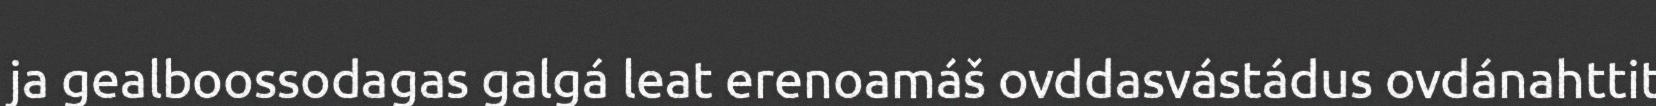
ja gealboossodagas galgá leat erenoamáš ovddasvástádus ovdánahttit